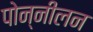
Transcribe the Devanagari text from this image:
पोन्नीलन